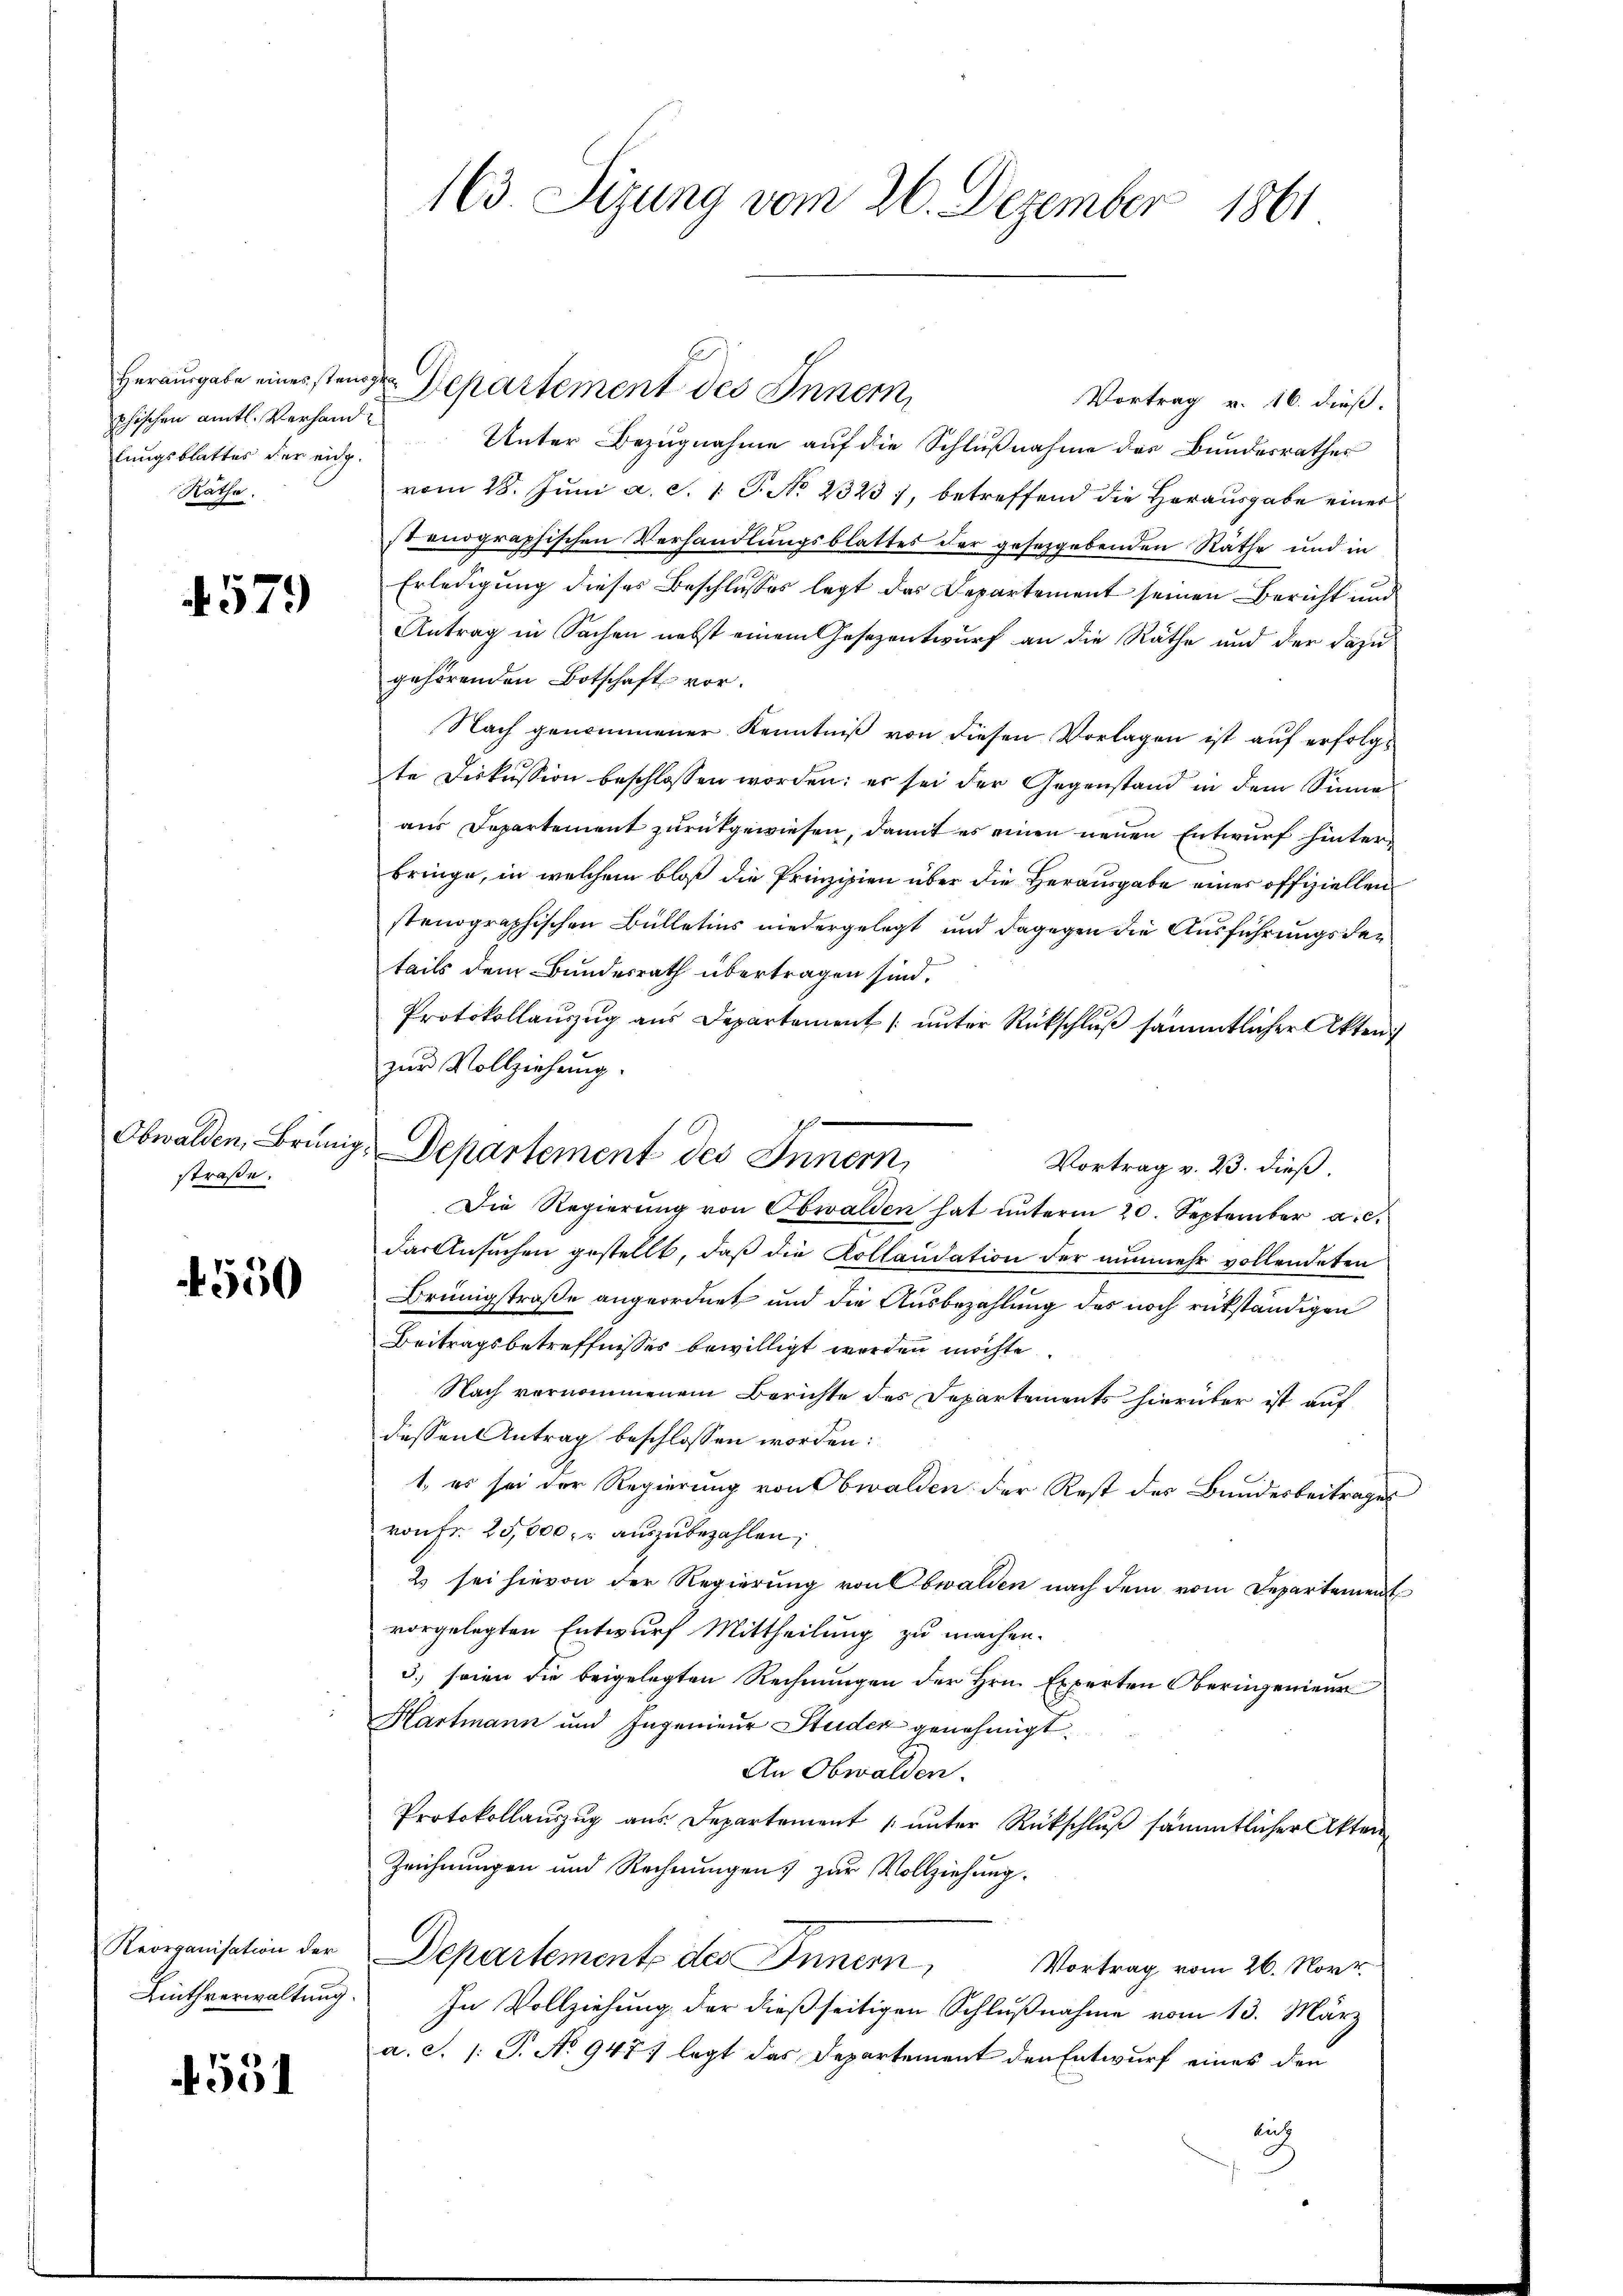
phischen amtl. Verhand
Katha

4579

Obwalden, Brun
straße.

4550

Reorganisation der
Linthverwaltung.

4551

163 Sizung vom 26. Dezember 1861

Herausgabe eines stande Departement des Innern,
Vortrag v. 16. dieß.
lŭngsblattes der eidg. Unter Bezŭgnahme aŭf die Schlŭβnahme des Bundesrathes
vom 28. Juni a. S. 1 P. No 2323), betreffend die Herausgabe einer
st endgraphischen Verhandlungsblattes der gesetzgebenden Räthe und in
Erledigung dieses Beschlusses legt das Departement seinen Bericht und
Antrag in Sachen nebst einem Gesezentwurf an die Räthe und der dazu
gehörenden Botschaft vor.
Nach genommener Kenntniß von diesen Vorlagen ist auf erfolgt
te Diskussion beschlossen worden; es sei der Gegenstand in dem Sinne
aus Departement zurückgewiesen, damit es einen neuen Entwurf hinterbringe, in welchem bloß die Prinzipien über die Herausgabe eines offiziellen
stenographischen Bülletins niedergelegt und dagegen die Ausführungsden
tails dem Bundesrath übertragen sind.
Protokollauszug aus Departement (unter Rückschluß sämmtlicher Akten
zur Vollziehung.
". Departement des Innern,
Vortrag v. 23. dieß.
Die Regierung von Obwalden hat unterm 20. September a.c.
das Ansuchen gestellt, daß die Kollaudation der nunmehr vollendeten
Brüngstraße angeordnet und die Ausbezahlung des noch rükständigen
Beitragsbetreffnisses bewilligt werden möchte
Nach vernommenem Berichte des Departements hierüber ist auf
dessen Antrag beschlossen worden:
1., es sei der Regierung von Ewalden der Rest des Bundesbeitrages
von Fr. 25,000. r auszubezahlen,
2 sei hievon der Regierung von Obwalden nach dem vom Departement
vorgelegten Entwurf Mittheilung zu machen.
3. seien die beigelegten Rechnungen der Hrn. Experten Oberingenieur
Hartmann und Ingenieur Studer genehmigt.
An Obwalden.
Protokollaŭszŭg aŭs Departement u ŭnter Rückschlŭβ sämmtlicher Akten
Zeichnungen und Rechnungen zur Vollziehung.
Departements des Innern,
Vortrag vom 26. Nove
In Vollziehung der dießseitigen Schlußnahme vom 13. März
a.c. (T. No 947 legt das Departement den Entwurf eines den
lich

C